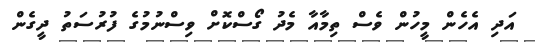
އަދި އެހެން މީހުން ވެސް ތިމާއާ މެދު ގޯސްކޮށް ވިސްނުމުގެ ފުރުސަތު ދީގެން